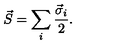
\vec { S } = \sum _ { i } { \frac { \vec { \sigma } _ { i } } { 2 } } .